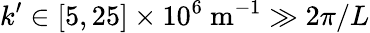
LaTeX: k^{\prime}\in[5,25]\times 10^{6}\mathrm{\ m}^{-1}\gg 2\pi/L